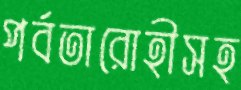
পর্বতারোহীসহ